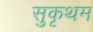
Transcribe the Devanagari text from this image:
सुकृथम